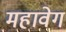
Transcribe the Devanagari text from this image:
महावेग